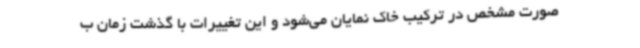
صورت مشخص در ترکیب خاک نمایان می‌شود و این تغییرات با گذشت زمان ب